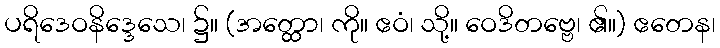
ပရိဒေဝနိဒ္ဒေသေ၊ ၌။ (အတ္ထော၊ ကို။ ဧဝံ၊ သို့။ ဝေဒိတဗ္ဗေ၊ ၏။) ဧတေန၊